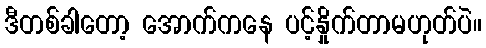
ဒီတစ်ခါတော့ အောက်ကနေ ပင့်နှိုက်တာမဟုတ်ပဲ။